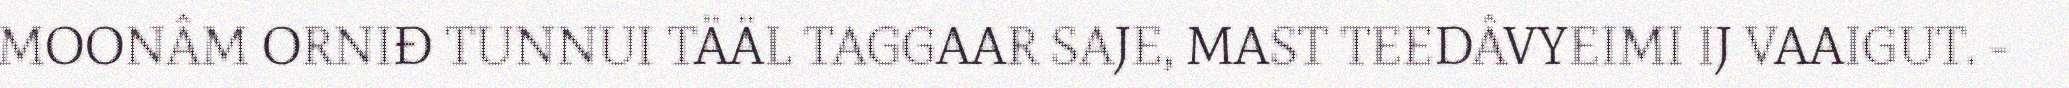
MOONÂM ORNIĐ TUNNUI TÄÄL TAGGAAR SAJE, MAST TEEDÂVYEIMI IJ VAAIGUT. -